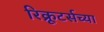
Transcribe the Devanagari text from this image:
रिक्रूटर्सच्या